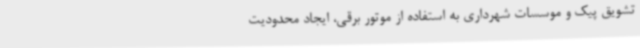
تشویق پیک و موسسات شهرداری به استفاده از موتور برقی، ایجاد محدودیت